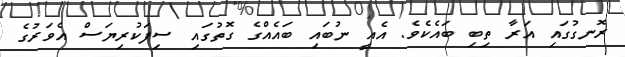
ރޮނގުގައި އަރާ ތިބި ބައެކެވެ. އެއީ ނުބައި ބައެއްގެ ގޮތުގައި ސިފަކުރިޔަސް އެވަރުގެ